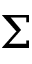
\Sigma